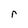
Character: r